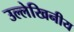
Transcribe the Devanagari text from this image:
उल्लेखिनीय